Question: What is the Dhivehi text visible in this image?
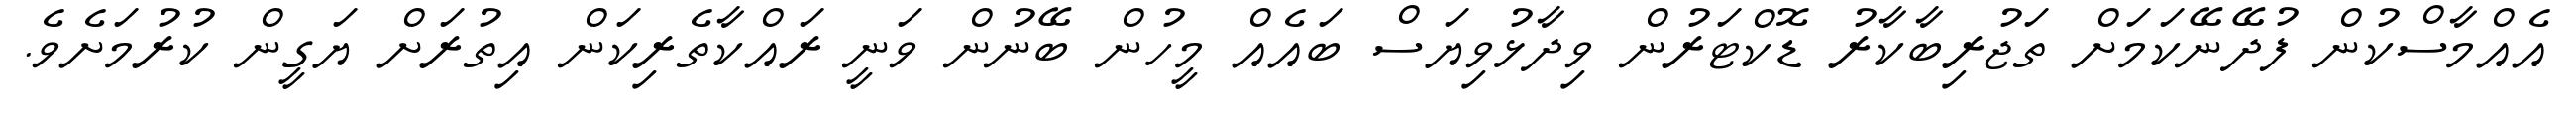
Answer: އެއްމާސްކުން ފުދޭނޭކަމަށް ތަޖުރިބާކާރު ޑޮކްޓަރުން ވިދާޅުވިޔަސް ބައެއް މީހުން ބޭނުން ވަނީ ރައްކާތެރިކަން އިތުރަށް ޔަގީން ކުރުމަށެވެ.